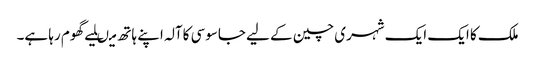
ملک کا ایک ایک شہری چین کے لیے جاسوسی کاآلہ اپنے ہاتھ میںلیے گھوم رہا ہے۔